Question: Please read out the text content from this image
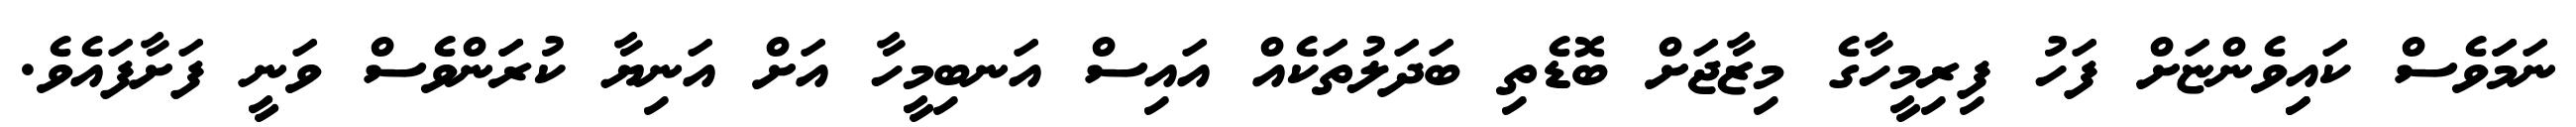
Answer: ނަމަަވެސް ކައިިވެންޏަށް ފަހު ފިރިމީހާގެ މިޒާޖަށް ބޮޑެތި ބަދަލުތަކެއް އައިސް އަނބިމީހާ އަށް އަނިޔާ ކުރަަންވެސް ވަނީ ފަށާފައެވެ.